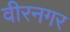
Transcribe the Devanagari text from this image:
वीरनगर